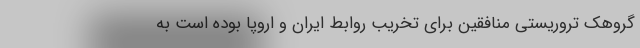
گروهک تروریستی منافقین برای تخریب روابط ایران و اروپا بوده است به